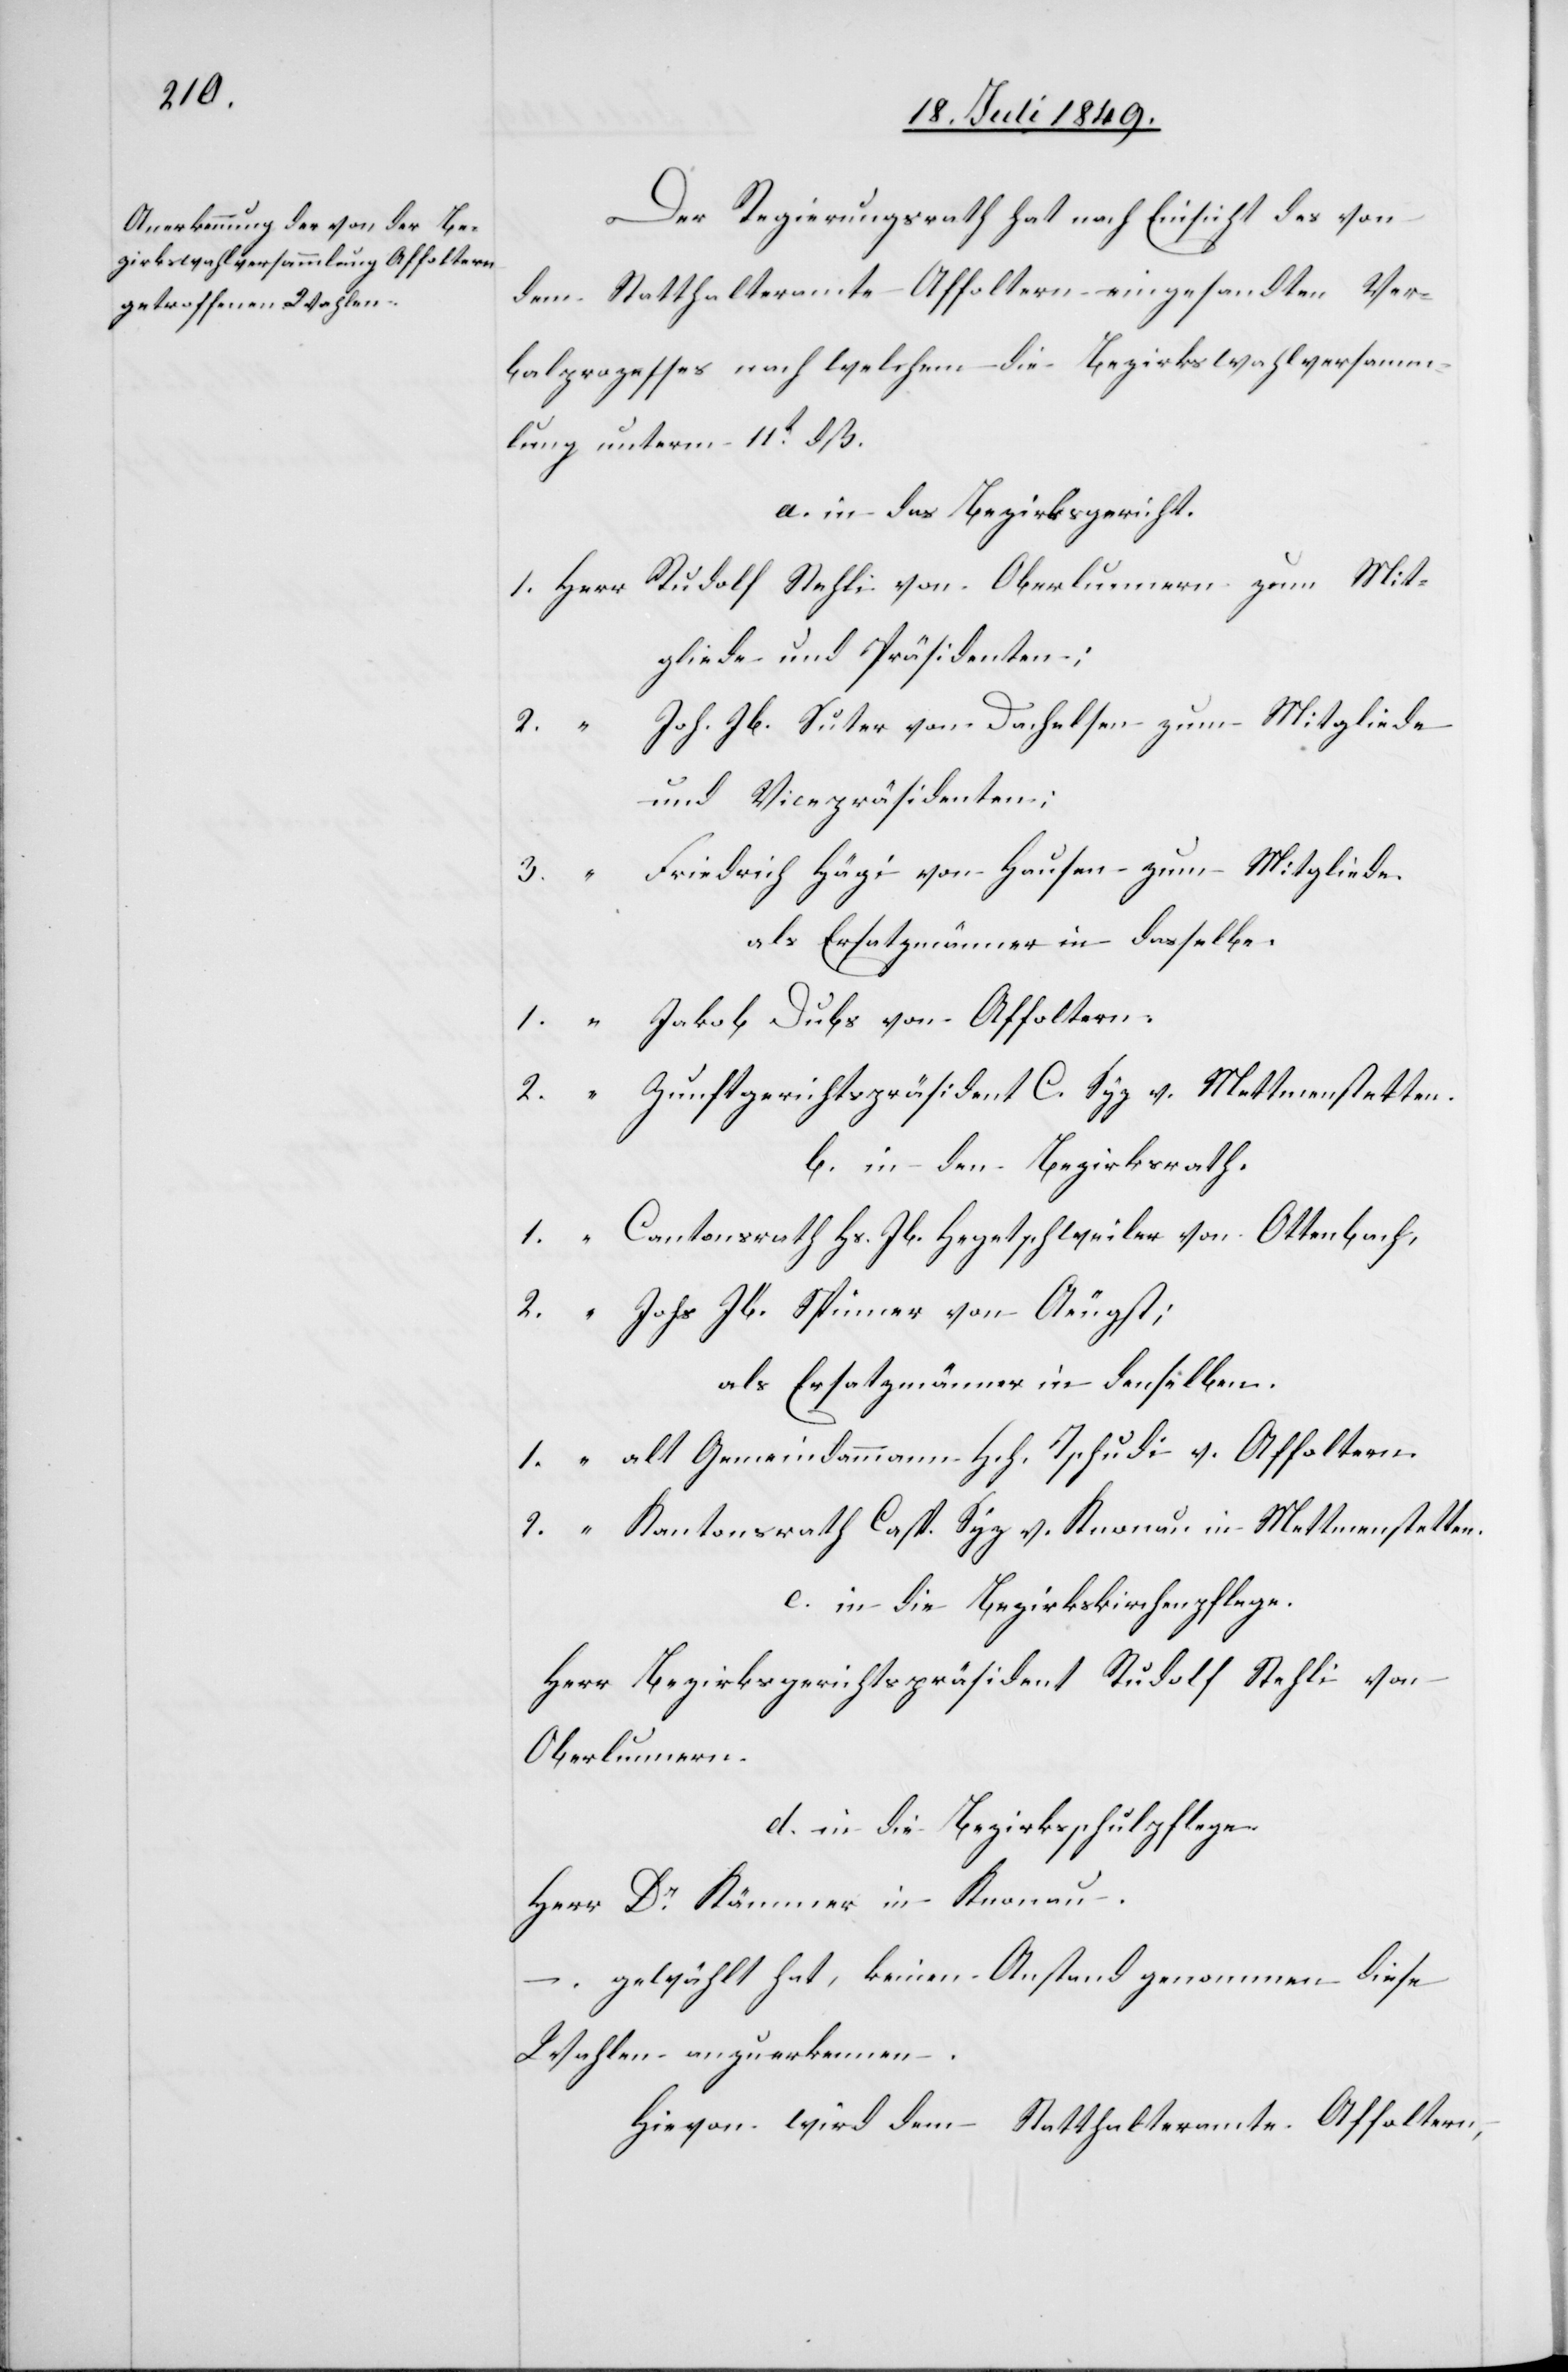
3.		“	F¬

Der Regierungsrath hat nach Einsicht des von
dem Statthalteramte Affoltern eingesandten Ver¬
balprozesses nach welchem die Bezirkswahlversamm¬
lung unterm 11t dß.
a. in das Bezirksgericht.
1.	Herr	Rudolf Stehli von Oberlunnern zum Mit¬
gliede und Präsidenten;
Jb. Suter von Dachelsen zum Mitgliede
und Vicepräsidenten;
riedrich Hägi von Hausen zum Mitgliede.
als Ersatzmänner in dasselbe.
1.		“	Jakob Dubs von Affoltern.
2.		“	Zunftgerichtspräsident C. Syp v. Mettmenstetten.
b. in den Bezirksrath.
1.		“	Cantonsrath Hs. Jb. Hegetschweiler von Ottenbach.
2. 		“	Johs Jb. Spinner von Aeugst;
als Ersatzmänner in denselben.
1.		“	alt Gemeindammann Hch. Tschudi v. Affoltern.
2.		“	Kantonsrath Casp. Syp v. Knonau in Mettmenstetten.
c. in die Bezirkskirchenpflege.
Herr Bezirksgerichtspräsident Rudolf Stehlin von
Oberlunnern.
d. in die Bezirksschulpflege.
Herr Dr Kämmer in Knonau.
– gewählt hat, keinen Anstand genommen diese
Wahlen anzuerkennen.
Hievon wird dem Statthalteramte Affoltern,